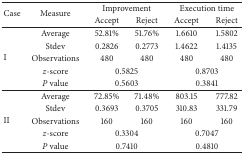
<table><thead><tr><td rowspan="2"><b>Case</b></td><td rowspan="2"><b>Measure</b></td><td colspan="2"><b>Improvement</b></td><td colspan="2"><b>Execution time</b></td></tr><tr><td><b>Accept</b></td><td><b>Reject</b></td><td><b>Accept</b></td><td><b>Reject</b></td></tr></thead><tbody><tr><td rowspan="5">I</td><td>Average</td><td>52.81%</td><td>51.76%</td><td>1.6610</td><td>1.5802</td></tr><tr><td>Stdev</td><td>0.2826</td><td>0.2773</td><td>1.4622</td><td>1.4135</td></tr><tr><td>Observations</td><td>480</td><td>480</td><td>480</td><td>480</td></tr><tr><td><i>z</i>-score</td><td colspan="2">0.5825</td><td colspan="2">0.8703</td></tr><tr><td><i>P</i> value</td><td colspan="2">0.5603</td><td colspan="2">0.3841</td></tr><tr><td rowspan="5">II</td><td>Average</td><td>72.85%</td><td>71.48%</td><td>803.15</td><td>777.82</td></tr><tr><td>Stdev</td><td>0.3693</td><td>0.3705</td><td>310.83</td><td>331.79</td></tr><tr><td>Observations</td><td>160</td><td>160</td><td>160</td><td>160</td></tr><tr><td><i>z</i>-score</td><td colspan="2">0.3304</td><td colspan="2">0.7047</td></tr><tr><td><i>P</i> value</td><td colspan="2">0.7410</td><td colspan="2">0.4810</td></tr></tbody></table>